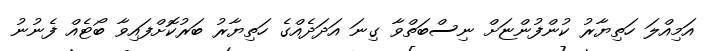
އަމިއްލަ ހަތިޔާރު ކުންފުންޏަށް ނިސްބަތްވާ ގިނަ އަދަދެއްގެ ހަތިޔާރު ބަރުކޮށްފައިވާ ބޯޓެއް ފެނުނު